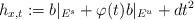
LaTeX: \begin{align*}h_{x,t} := b \vert_{E^s} + \varphi(t) b \vert_{E^u} + d t^2\end{align*}